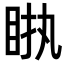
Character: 𥅿